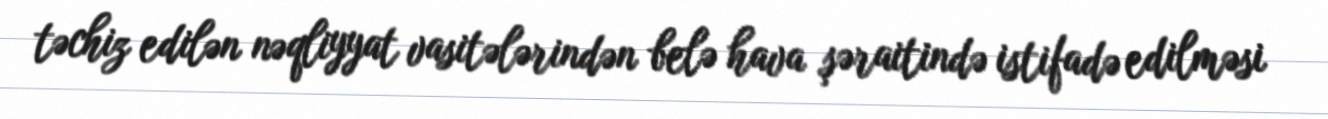
təchiz edilən nəqliyyat vasitələrindən belə hava şəraitində istifadə edilməsi